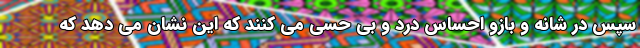
سپس در شانه و بازو احساس درد و بی حسی می کنند که این نشان می دهد که